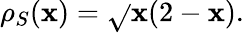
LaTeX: \rho_{S}(\mathbf{x})={\sqrt{}{{\mathbf{x}(2-\mathbf{x})}}}.